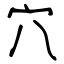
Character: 穴